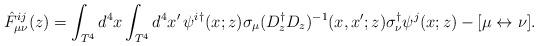
LaTeX: \begin{align*}\hat F^{ij}_{\mu\nu}(z)=\int_{T^4}d^4x\int_{T^4}d^4x'\,\psi^i{}^\dagger(x;z)\sigma_\mu (D_z^\dagger D_z)^{-1}(x,x';z)\sigma_\nu^\dagger\psi^j(x;z)-[\mu\leftrightarrow\nu].\end{align*}